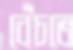
বেঁচতে